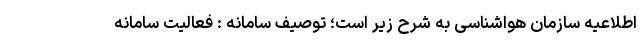
اطلاعیه سازمان هواشناسی به شرح زیر است؛ توصیف سامانه : فعالیت سامانه